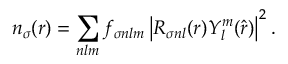
n _ { \sigma } ( \boldsymbol { r } ) = \sum _ { n l m } f _ { \sigma n l m } \left| R _ { \sigma n l } ( r ) Y _ { l } ^ { m } ( \hat { \boldsymbol { r } } ) \right| ^ { 2 } .